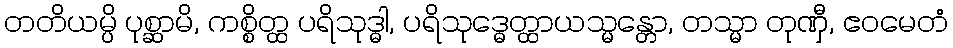
တတိယမ္ပိ ပုစ္ဆာမိ, ကစ္စိတ္ထ ပရိသုဒ္ဓါ, ပရိသုဒ္ဓေတ္ထာယသ္မန္တော, တသ္မာ တုဏှီ, ဧဝမေတံ